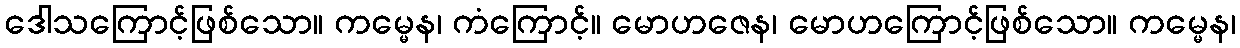
ဒေါသကြောင့်ဖြစ်သော။ ကမ္မေန၊ ကံကြောင့်။ မောဟဇေန၊ မောဟကြောင့်ဖြစ်သော။ ကမ္မေန၊